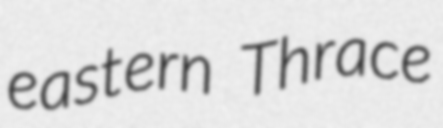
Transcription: eastern Thrace